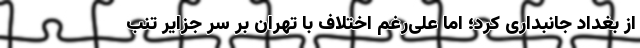
از بغداد جانبداری کرد؛ اما علی‌رغم اختلاف با تهران بر سر جزایر تنب